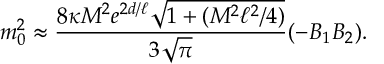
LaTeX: m _ { 0 } ^ { 2 } \approx { \frac { 8 \kappa M ^ { 2 } e ^ { 2 d / \ell } \sqrt { 1 + ( M ^ { 2 } \ell ^ { 2 } / 4 ) } } { 3 \sqrt { \pi } } } ( - B _ { 1 } B _ { 2 } ) .